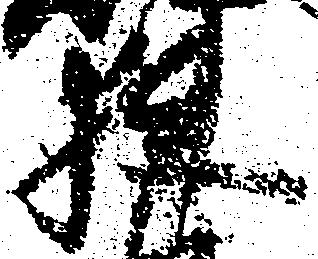
狭